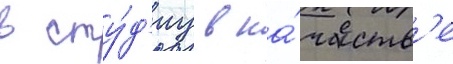
в сту́д'иу в ка́честв'е